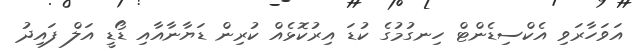
އަވަހާރަވި އެކްސިޑެންޓް ހިނގުމުގެ ކުޑަ އިރުކޮޅެއް ކުރިން ޑަޔާނާއާއި ޑޯޑީ އަލް ފައިދު